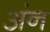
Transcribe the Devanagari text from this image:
अंन